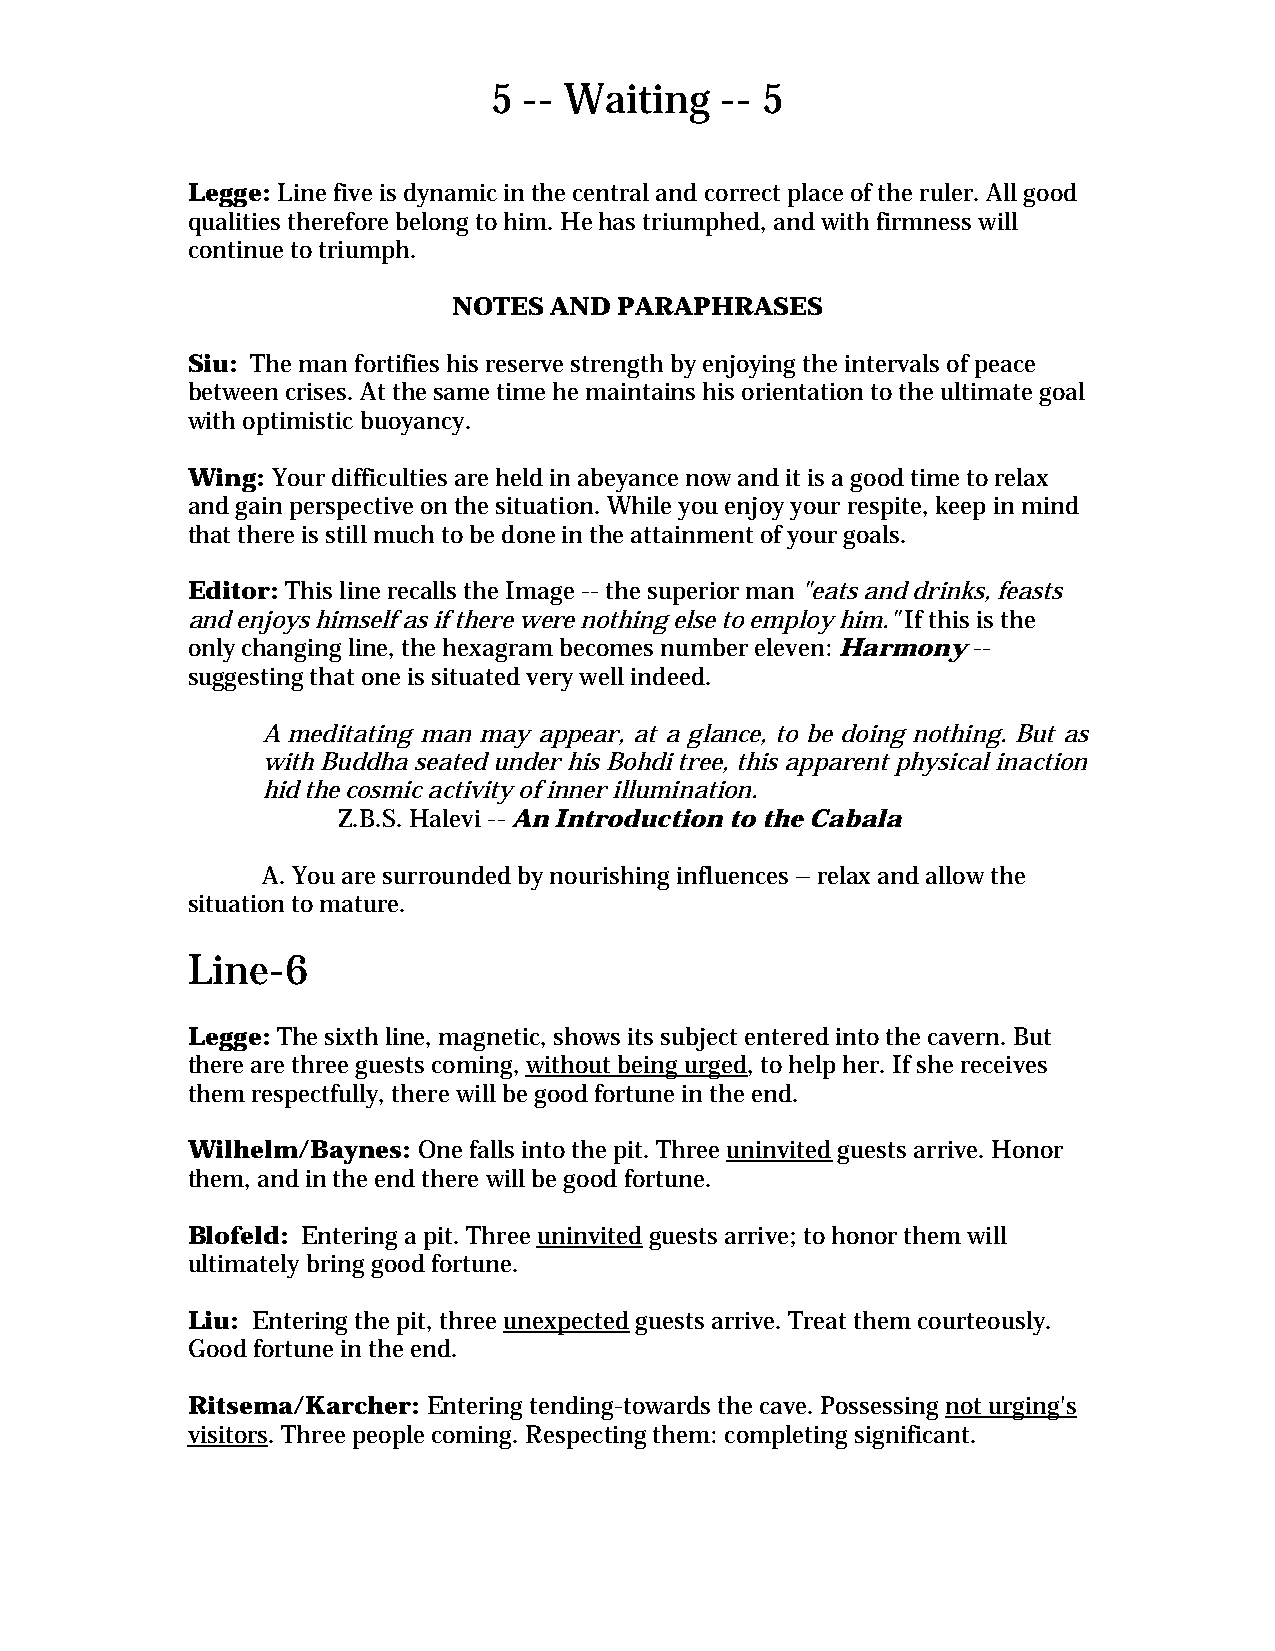
5 -- Waiting   -- 5
 Legge: Line five is dynamic in the central and correct place of the ruler. All good
 qualities therefore belong to him. He has triumphed, and with firmness will
 continue to triumph.
 NOTES AND  PARAPHRASES
 Siu: The man fortifies his reserve strength by enjoying the intervals of peace
 between crises. At the same time he maintains his orientation to the ultimate goal
 with optimistic buoyancy.
 Wing: Your difficulties are held in abeyance now and it is a good time to relax
 and gain perspective on the situation. While you enjoy your respite, keep in mind
 that there is still much to be done in the attainment of your goals.
 Editor: This line recalls the Image -- the superior man "eats and drinks, feasts
 and enjoys himself as if there were nothing else to employ him." If this is the
 only changing line, the hexagram becomes number eleven: Harmony --
 suggesting that one is situated very well indeed.
 A meditating man may appear, at a glance, to be doing nothing. But as
 with Buddha seated under his Bohdi tree, this apparent physical inaction
 hid the cosmic activity of inner illumination.
 Z.B.S. Halevi -- An Introduction to the Cabala
 A. You are surrounded by nourishing influences – relax and allow the
 situation to mature.
 Line-6
 Legge: The sixth line, magnetic, shows its subject entered into the cavern. But
 there are three guests coming, without being urged, to help her. If she receives
 them respectfully, there will be good fortune in the end.
 Wilhelm/Baynes: One falls into the pit. Three uninvited guests arrive. Honor
 them, and in the end there will be good fortune.
 Blofeld: Entering a pit. Three uninvited guests arrive; to honor them will
 ultimately bring good fortune.
 Liu: Entering the pit, three unexpected guests arrive. Treat them courteously.
 Good fortune in the end.
 Ritsema/Karcher: Entering tending-towards the cave. Possessing not urging's
 visitors. Three people coming. Respecting them: completing significant.